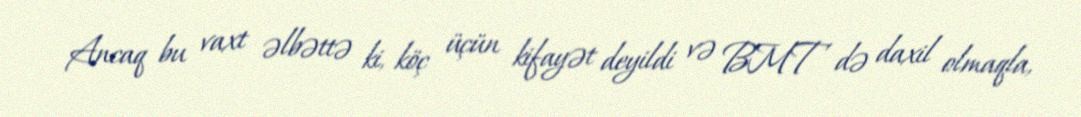
Ancaq bu vaxt əlbəttə ki, köç üçün kifayət deyildi və BMT də daxil olmaqla,